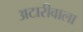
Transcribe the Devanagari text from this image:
अटारीवाला